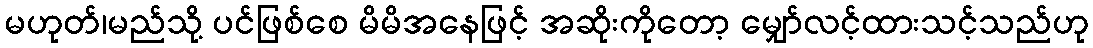
မဟုတ်၊မည်သို့ ပင်ဖြစ်စေ မိမိအနေဖြင့် အဆိုးကိုတော့ မျှော်လင့်ထားသင့်သည်ဟု